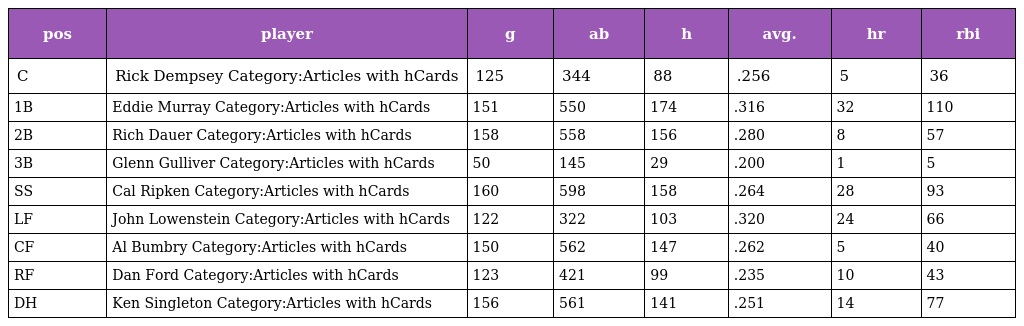
| pos | player | g | ab | h | avg. | hr | rbi |
 | --- | --- | --- | --- | --- | --- | --- | --- |
 | C | Rick Dempsey Category:Articles with hCards | 125 | 344 | 88 | .256 | 5 | 36 |
 | 1B | Eddie Murray Category:Articles with hCards | 151 | 550 | 174 | .316 | 32 | 110 |
 | 2B | Rich Dauer Category:Articles with hCards | 158 | 558 | 156 | .280 | 8 | 57 |
 | 3B | Glenn Gulliver Category:Articles with hCards | 50 | 145 | 29 | .200 | 1 | 5 |
 | SS | Cal Ripken Category:Articles with hCards | 160 | 598 | 158 | .264 | 28 | 93 |
 | LF | John Lowenstein Category:Articles with hCards | 122 | 322 | 103 | .320 | 24 | 66 |
 | CF | Al Bumbry Category:Articles with hCards | 150 | 562 | 147 | .262 | 5 | 40 |
 | RF | Dan Ford Category:Articles with hCards | 123 | 421 | 99 | .235 | 10 | 43 |
 | DH | Ken Singleton Category:Articles with hCards | 156 | 561 | 141 | .251 | 14 | 77 |